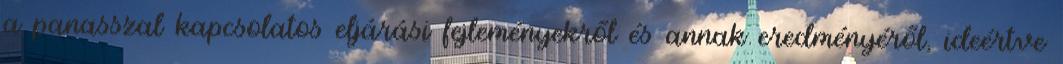
a panasszal kapcsolatos eljárási fejleményekről és annak eredményéről, ideértve